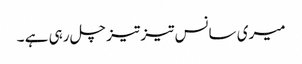
میری سانس تیز تیز چل رہی ہے ۔